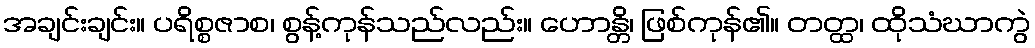
အချင်းချင်း။ ပရိစ္စဇာစ၊ စွန့်ကုန်သည်လည်း။ ဟောန္တိ၊ ဖြစ်ကုန်၏။ တတ္ထ၊ ထိုသံဃာကွဲ